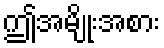
ဤအမျိုးအစား